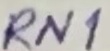
Text: RN1